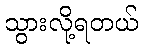
သွားလို့ရတယ်